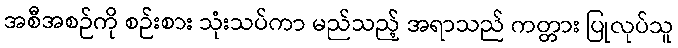
အစီအစဉ်ကို စဉ်းစား သုံးသပ်ကာ မည်သည့် အရာသည် ကတ္တား ပြုလုပ်သူ